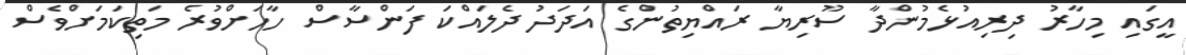
އީގައި މިހާރު ދިރިއުޅެމުންދާ ސޫރިޔާ ރައްޔިތުންގެ އަދަދު ދެލައްކަ ފަންސާސް ހާހަށްވުރެ މަތިކަމަށްވެސް